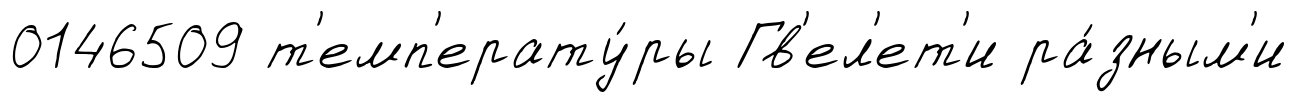
0146509 т'емп'ерату́ры Гв'ел'ет'и ра́зным'и